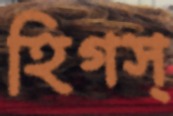
হিগস্